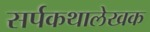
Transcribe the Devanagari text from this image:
सर्पकथालेखक